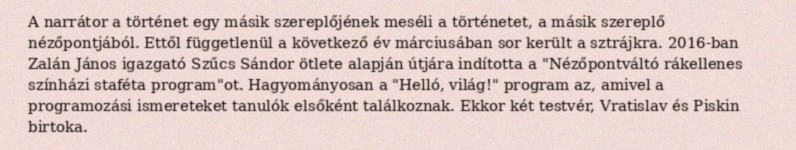
A narrátor a történet egy másik szereplőjének meséli a történetet, a másik szereplő nézőpontjából. Ettől függetlenül a következő év márciusában sor került a sztrájkra. 2016-ban Zalán János igazgató Szűcs Sándor ötlete alapján útjára indította a "Nézőpontváltó rákellenes színházi staféta program"ot. Hagyományosan a "Helló, világ!" program az, amivel a programozási ismereteket tanulók elsőként találkoznak. Ekkor két testvér, Vratislav és Piskin birtoka.